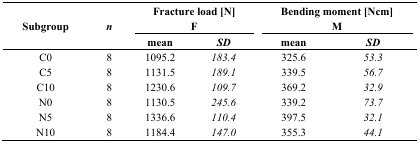
<table><thead><tr><td rowspan="2"><b>Subgroup</b></td><td rowspan="2"><b><i>n</i></b></td><td colspan="2"><b>Fracture load [N] F</b></td><td colspan="2"><b>Bending moment [Ncm] M</b></td></tr><tr><td><b>mean</b></td><td><b><i>SD</i></b></td><td><b>mean</b></td><td><b><i>SD</i></b></td></tr></thead><tbody><tr><td>C0</td><td>8</td><td>1095.2</td><td><i>183.4</i></td><td>325.6</td><td><i>53.3</i></td></tr><tr><td>C5</td><td>8</td><td>1131.5</td><td><i>189.1</i></td><td>339.5</td><td><i>56.7</i></td></tr><tr><td>C10</td><td>8</td><td>1230.6</td><td><i>109.7</i></td><td>369.2</td><td><i>32.9</i></td></tr><tr><td>N0</td><td>8</td><td>1130.5</td><td><i>245.6</i></td><td>339.2</td><td><i>73.7</i></td></tr><tr><td>N5</td><td>8</td><td>1336.6</td><td><i>110.4</i></td><td>397.5</td><td><i>32.1</i></td></tr><tr><td>N10</td><td>8</td><td>1184.4</td><td><i>147.0</i></td><td>355.3</td><td><i>44.1</i></td></tr></tbody></table>